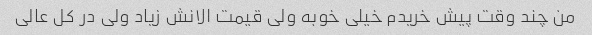
من چند وقت پیش خریدم خیلی خوبه ولی قیمت الانش زیاد ولی در کل عالی